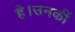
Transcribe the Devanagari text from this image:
है।उनकीं